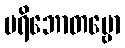
ပရိဘောတဗ္ဗော